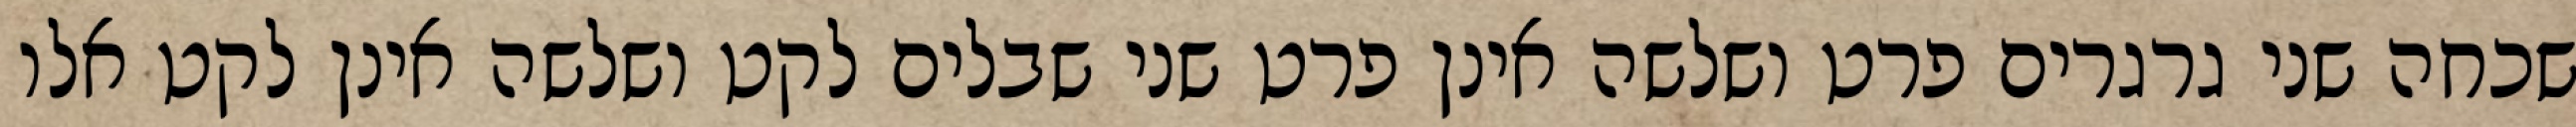
שכחה שני גרגרים פרט ושלשה אינן פרט שני שבלים לקט ושלשה אינן לקט אלו